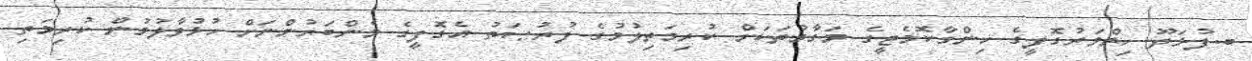
ބ.ފުޅަދޫ ހިތްވަރުގޮފީގެ ހިންގާކޮމެޓީގެ މަގާމުތަކަށް ކުރިމަތިލުމުގެ ފުރުޞަތު އެގޮފީގެ މެންބަރުންނަށް ހުޅުވާލުމުން ކުރިމަތި